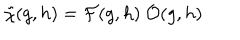
LaTeX: \tilde { \chi } ( g , h ) = { \cal F } ( g , h ) \ { \cal O } ( g , h )